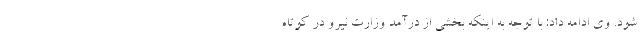
شود. وی ادامه داد: با توجه به اینکه بخشی از درآمد وزارت نیرو در کوتاه